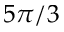
5 \pi / 3